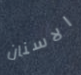
الاسنان